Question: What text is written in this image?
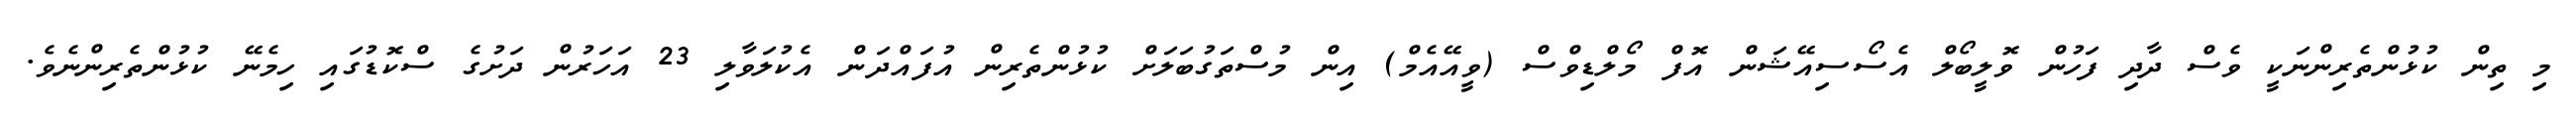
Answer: މި ތިން ކުޅުންތެރިންނަކީ ވެސް ދާދި ފަހުން ވޮލީބޯލް އެސޯސިއޭޝަން އޮފް މޯލްޑިވްސް (ވީއޭއެމް) އިން މުސްތަގުބަލަށް ކުޅުންތެރިން އުފައްދަން އެކުލަވާލި 23 އަހަރުން ދަށުގެ ސްކޮޑުގައި ހިމެނޭ ކުޅުންތެރިންނެވެ.